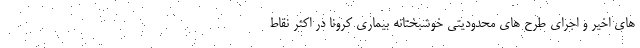
های اخیر و اجرای طرح های محدودیتی خوشبختانه بیماری کرونا در اکثر نقاط